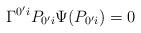
LaTeX: \begin{align*}\Gamma ^{0^{\prime }i}P_{0^{\prime }i}\Psi (P_{0^{\prime }i})=0\end{align*}